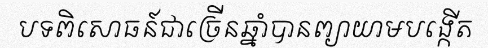
បទពិសោធន៍ជាច្រើនឆ្នាំបានព្យាយាមបង្កើត